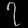
Digit: ၇